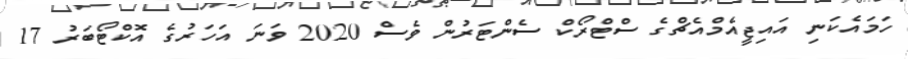
ހަމައެކަނި އައިޖީއެމްއެޗްގެ ސްޓްރޯކް ސެންޓަރުން ވެސް 2020 ވަނަ އަހަރުގެ އޮކްޓޯބަރު 17